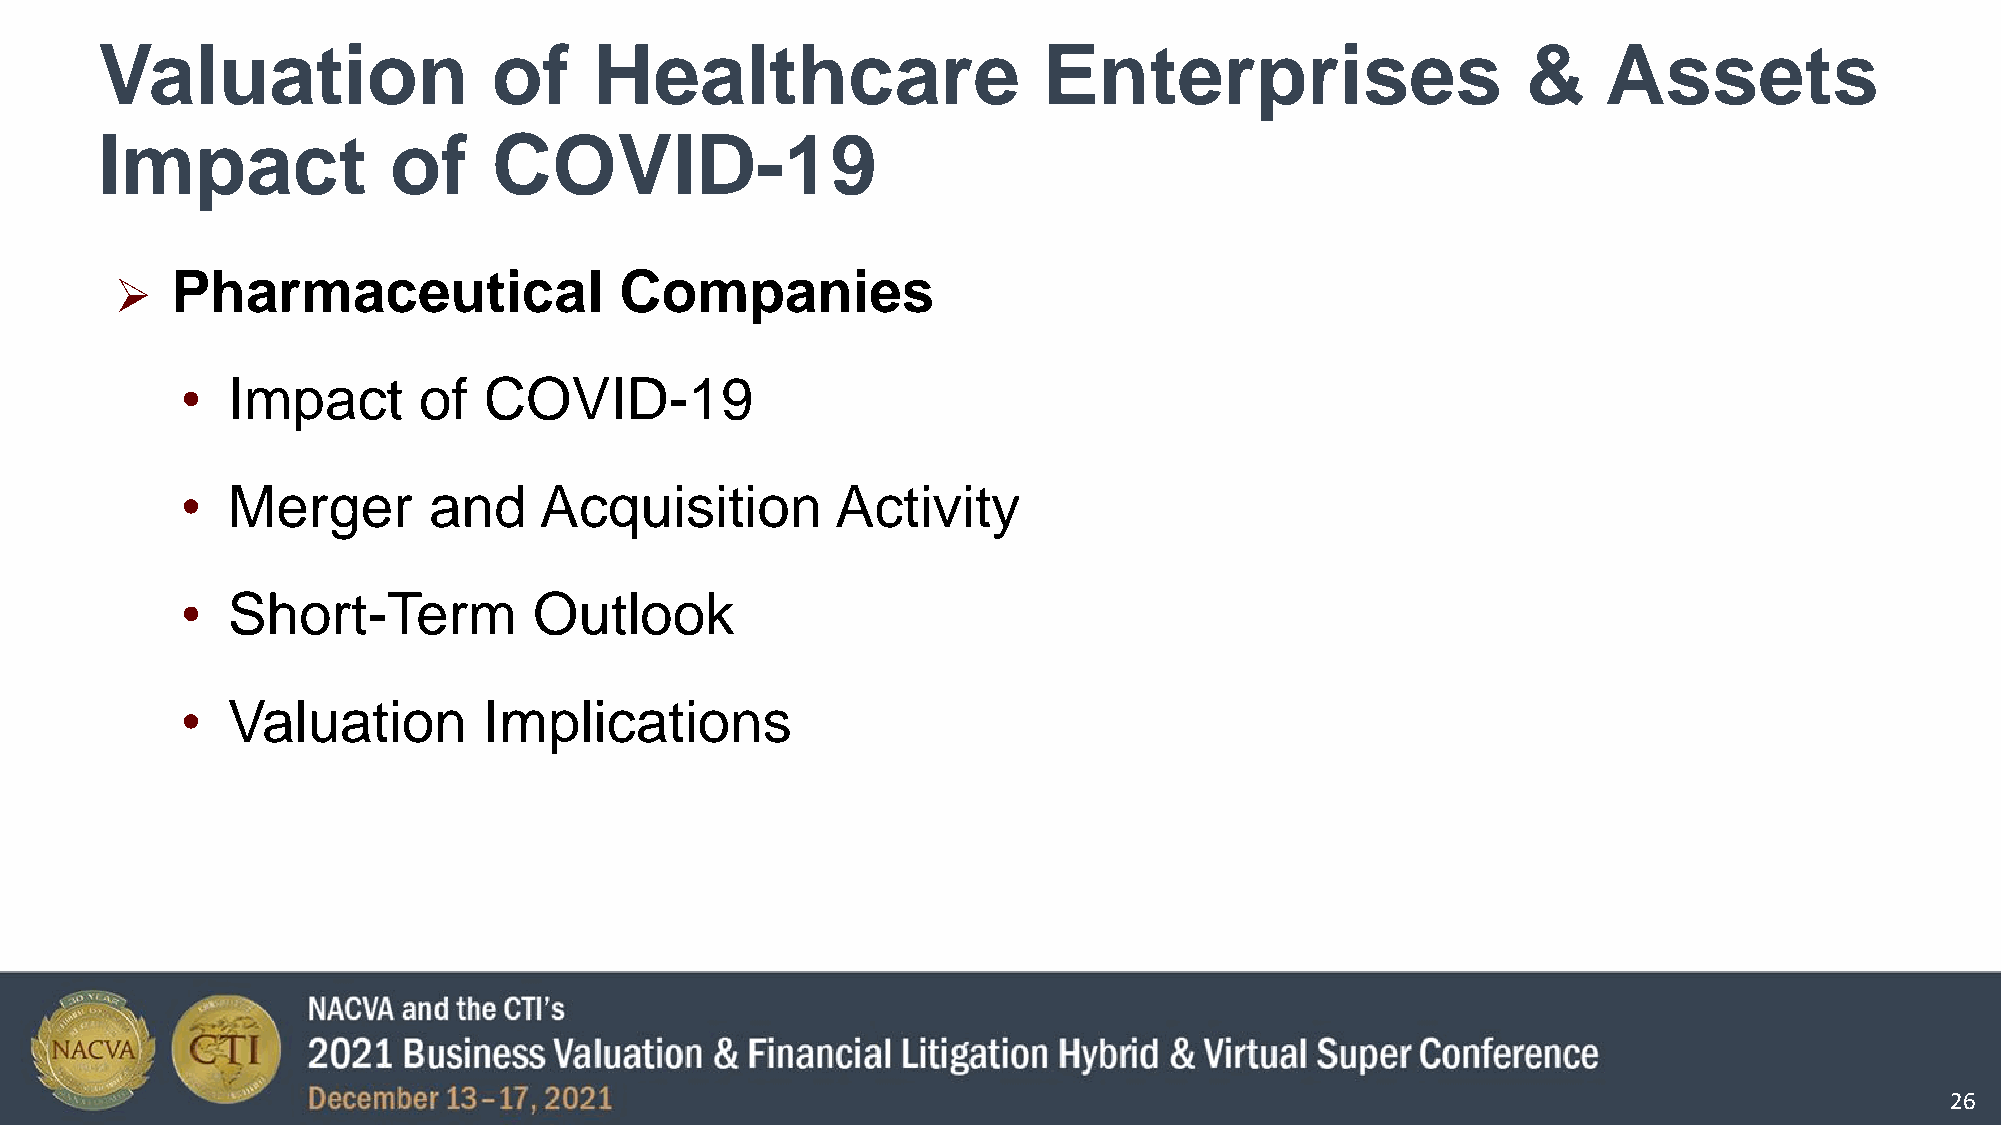
Valuation                  of    Healthcare                    Enterprises                     &    Assets
 Impact              of     COVID-19
 Pharmaceutical                Companies
 
 •  Impact       of  COVID-19
 •  Merger       and     Acquisition        Activity
 •  Short-Term          Outlook
 •  Valuation        Implications
 26